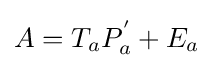
A=T_{a}P_{a}^{'}+E_{a}